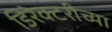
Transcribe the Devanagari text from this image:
डिरेक्टरीच्या